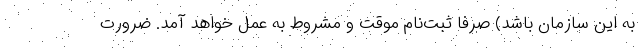
به این سازمان باشد) صرفاً ثبت‌نام موقت و مشروط به عمل خواهد آمد. ضرورت